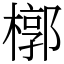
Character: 槨